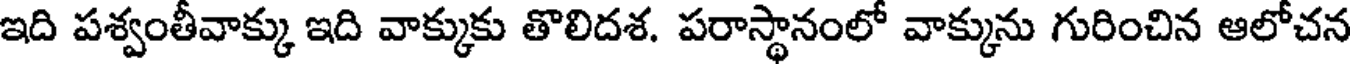
ఇది పశ్వంతీవాక్కు ఇది వాక్కుకు తొలిదశ. పరాస్థానంలో వాక్కును గురించిన ఆలోచన